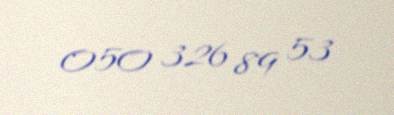
050 326 89 53